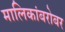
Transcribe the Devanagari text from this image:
मालिकांबरोबर